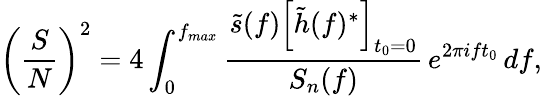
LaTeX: \left(\frac{S}{N}\right)^{2}=4\int_{0}^{f_{max}}{\frac{\tilde{s}(f)\left[\tilde{h}(f)^{*}\right]_{t_{0}=0}}{S_{n}(f)}\, e^{2\pi ift_{0}}\, df},